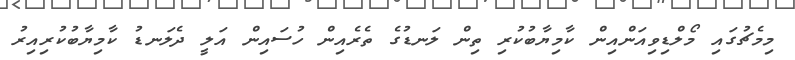
މިމެޗުގައި މޯލްޑިވިއަންއިން ކާމިޔާބުކުރި ތިން ލަނޑުގެ ތެރެއިން ހުސައިން އަލީ ދެލަނޑު ކާމިޔާބުކުރިއިރު